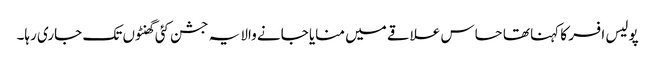
پولیس افسر کا کہنا تھا حساس علاقے میں منایا جانے والا یہ جشن کئی گھنٹوں تک جاری رہا۔